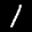
Label: 1